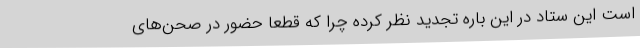
است این ستاد در این باره تجدید نظر کرده چرا که قطعا حضور در صحن‌های